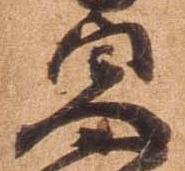
貞